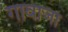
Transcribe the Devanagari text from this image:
गावाजा